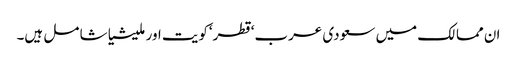
ان مما لک میں سعودی عرب‘قطر‘کویت اور ملیشیا شا مل ہیں۔